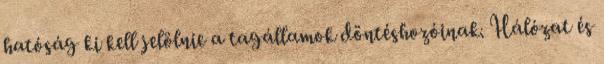
hatóság ki kell jelölnie a tagállamok döntéshozóinak. Hálózat és